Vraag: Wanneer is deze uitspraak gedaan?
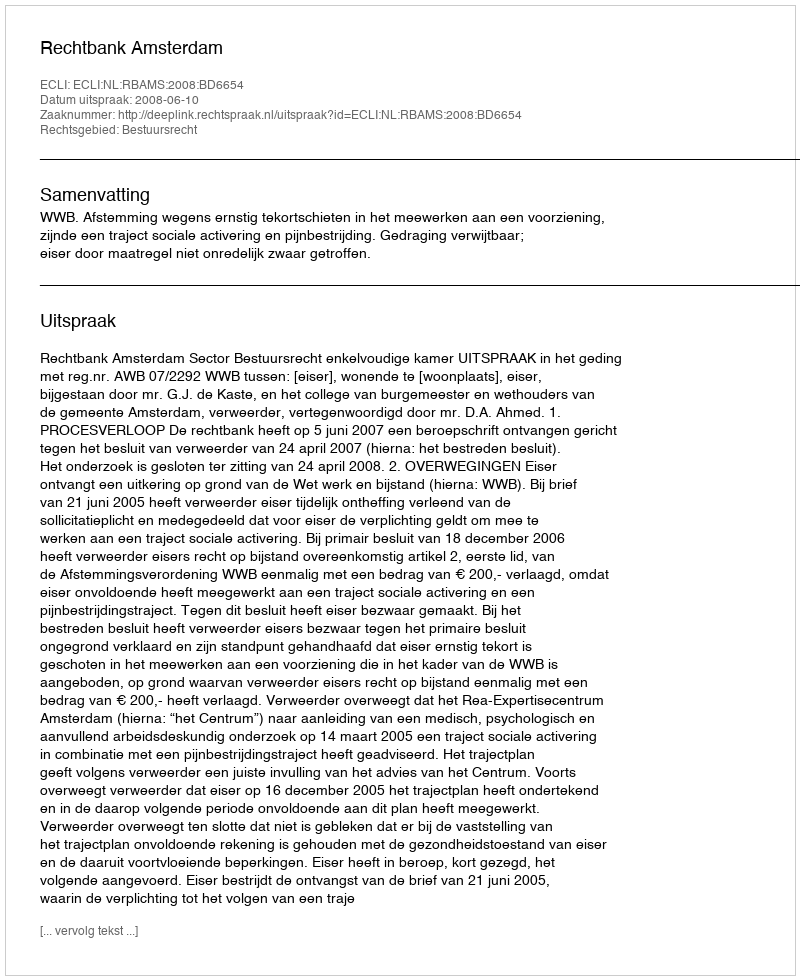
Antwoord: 2008-06-10